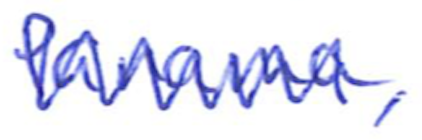
Text: Panama,
Cross-out: mix
Writing tool: ballpoint